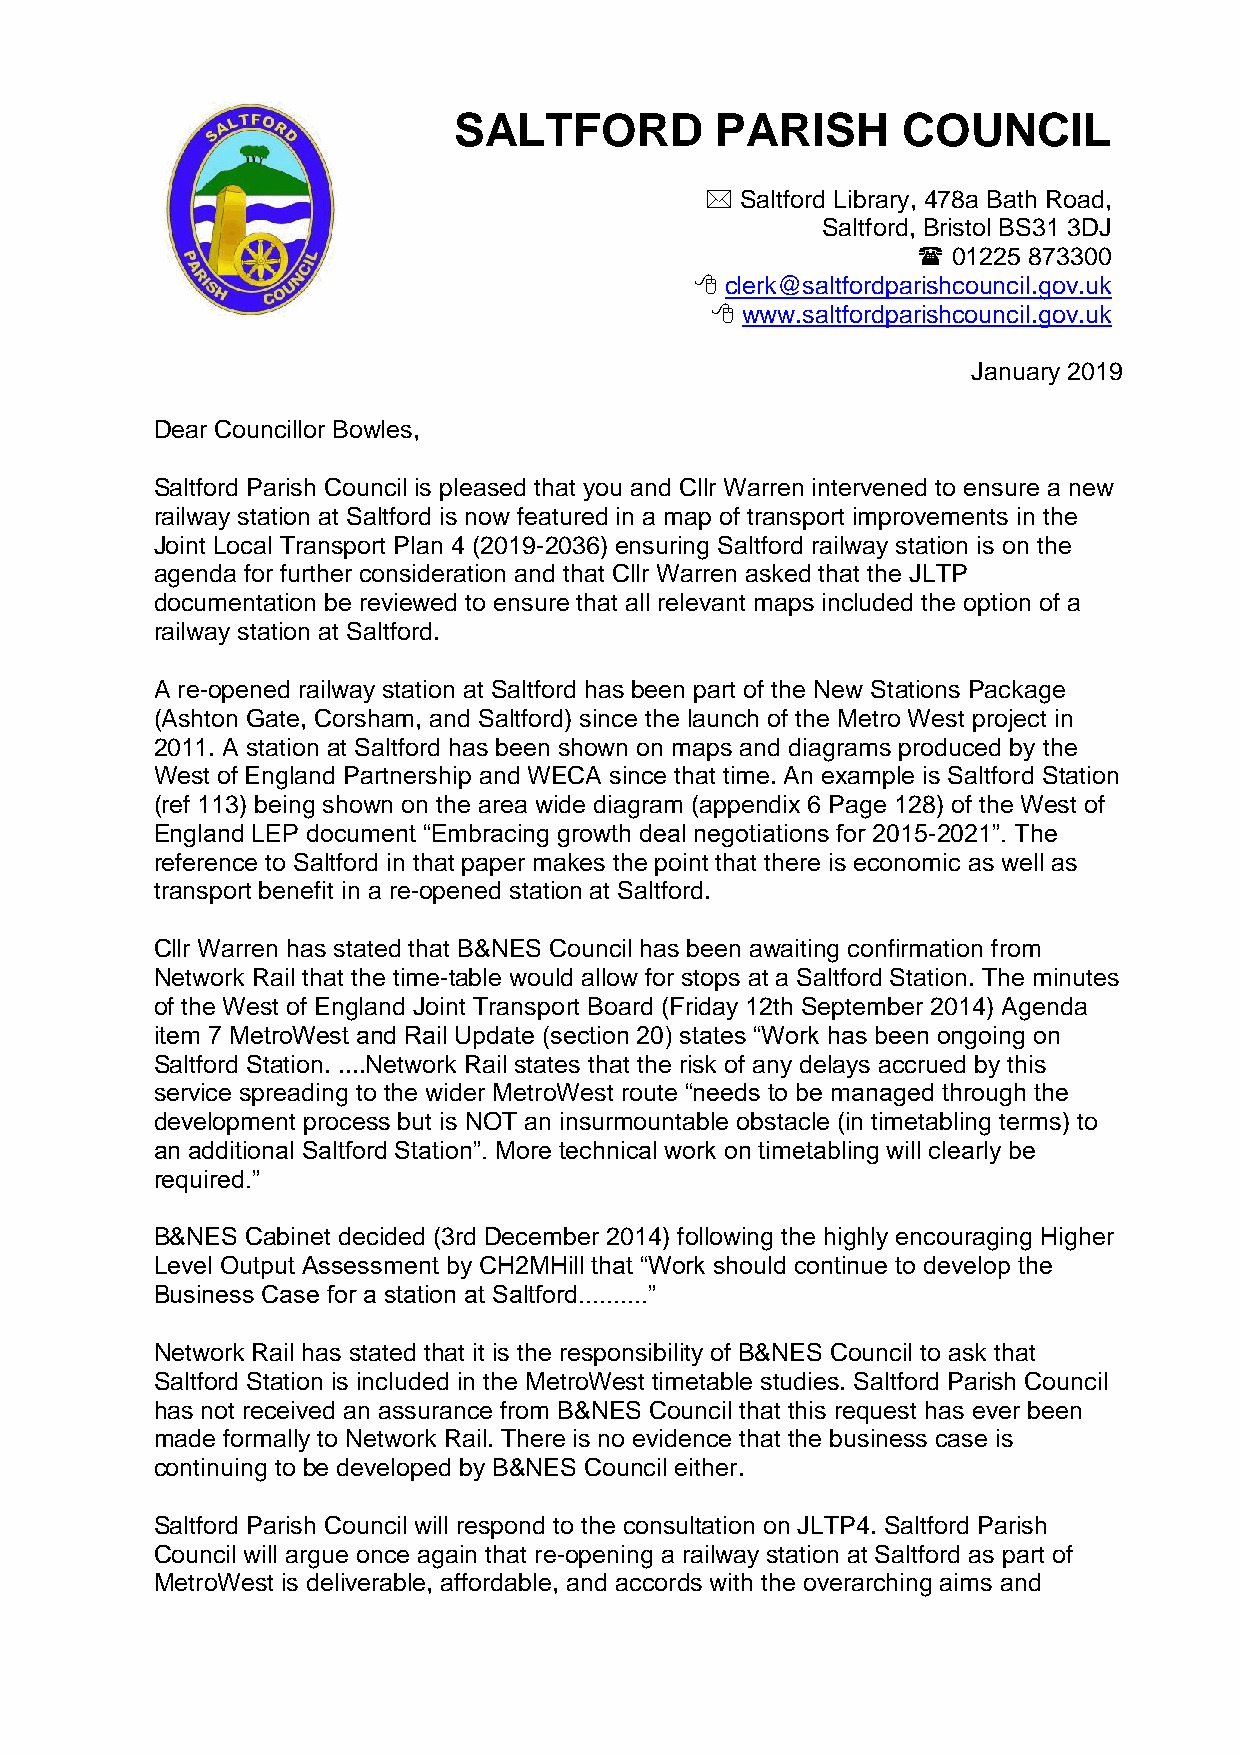
SALTFORD         PARISH       COUNCIL
  Saltford Library, 478a Bath Road,
 Saltford, Bristol BS31 3DJ
  01225 873300
  clerk@saltfordparishcouncil.gov.uk
  www.saltfordparishcouncil.gov.uk
 January 2019
 Dear Councillor Bowles,
 Saltford Parish Council is pleased that you and Cllr Warren intervened to ensure a new
 railway station at Saltford is now featured in a map of transport improvements in the
 Joint Local Transport Plan 4 (2019-2036) ensuring Saltford railway station is on the
 agenda for further consideration and that Cllr Warren asked that the JLTP
 documentation be reviewed to ensure that all relevant maps included the option of a
 railway station at Saltford.
 A re-opened railway station at Saltford has been part of the New Stations Package
 (Ashton Gate, Corsham, and Saltford) since the launch of the Metro West project in
 2011. A station at Saltford has been shown on maps and diagrams produced by the
 West of England Partnership and WECA since that time. An example is Saltford Station
 (ref 113) being shown on the area wide diagram (appendix 6 Page 128) of the West of
 England LEP document “Embracing growth deal negotiations for 2015-2021”. The
 reference to Saltford in that paper makes the point that there is economic as well as
 transport benefit in a re-opened station at Saltford.
 Cllr Warren has stated that B&NES Council has been awaiting confirmation from
 Network Rail that the time-table would allow for stops at a Saltford Station. The minutes
 of the West of England Joint Transport Board (Friday 12th September 2014) Agenda
 item 7 MetroWest and Rail Update (section 20) states “Work has been ongoing on
 Saltford Station. ....Network Rail states that the risk of any delays accrued by this
 service spreading to the wider MetroWest route “needs to be managed through the
 development process but is NOT an insurmountable obstacle (in timetabling terms) to
 an additional Saltford Station”. More technical work on timetabling will clearly be
 required.”
 B&NES Cabinet decided (3rd December 2014) following the highly encouraging Higher
 Level Output Assessment by CH2MHill that “Work should continue to develop the
 Business Case for a station at Saltford..........”
 Network Rail has stated that it is the responsibility of B&NES Council to ask that
 Saltford Station is included in the MetroWest timetable studies. Saltford Parish Council
 has not received an assurance from B&NES Council that this request has ever been
 made formally to Network Rail. There is no evidence that the business case is
 continuing to be developed by B&NES Council either.
 Saltford Parish Council will respond to the consultation on JLTP4. Saltford Parish
 Council will argue once again that re-opening a railway station at Saltford as part of
 MetroWest is deliverable, affordable, and accords with the overarching aims and